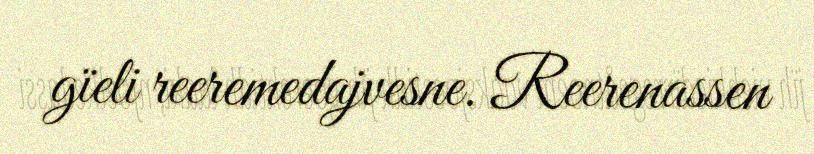
gïeli reeremedajvesne. Reerenassen